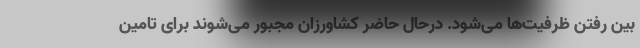
بین رفتن ظرفیت‌ها می‌شود. درحال حاضر کشاورزان مجبور می‌شوند برای تامین